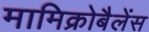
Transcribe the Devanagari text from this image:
मामिक्रोबैलेंस